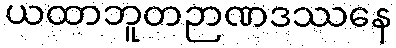
ယထာဘူတဉာဏဒဿနေ